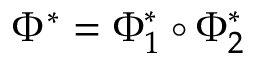
\Phi ^ { * } = \Phi _ { 1 } ^ { * } \circ \Phi _ { 2 } ^ { * }